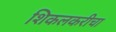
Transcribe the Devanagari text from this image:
शिकलकरीचा